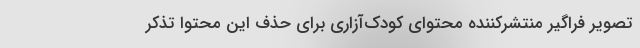
تصویر فراگیر منتشرکننده محتوای کودک‌آزاری برای حذف این محتوا تذکر